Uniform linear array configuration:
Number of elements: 48
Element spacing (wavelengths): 1
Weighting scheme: exponential
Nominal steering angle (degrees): -15
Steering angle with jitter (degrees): -14.482
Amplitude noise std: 0.05
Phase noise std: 0.05

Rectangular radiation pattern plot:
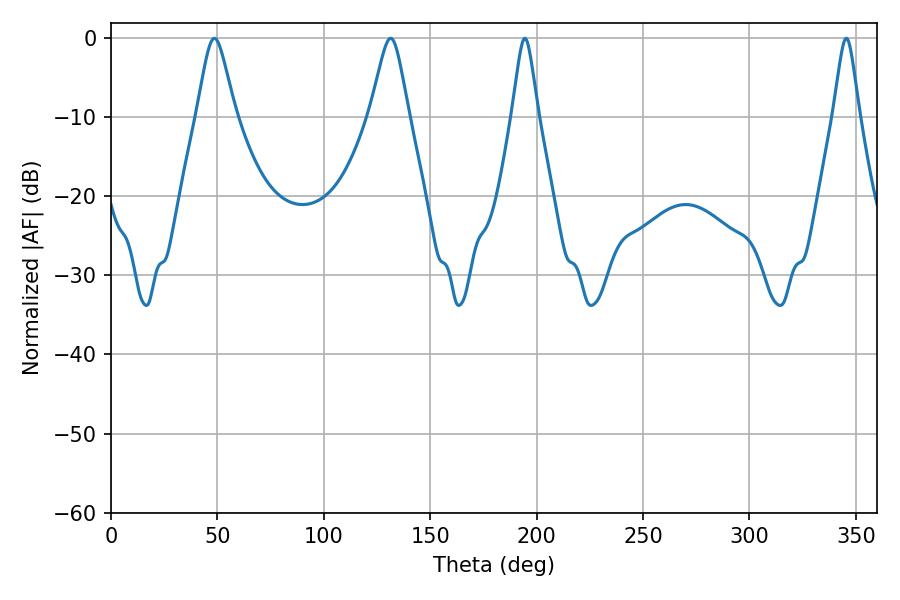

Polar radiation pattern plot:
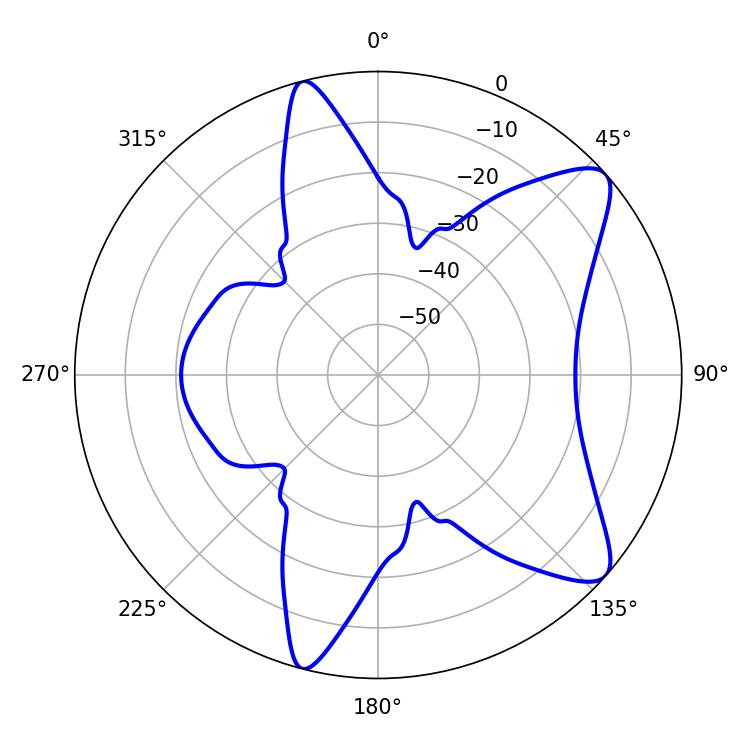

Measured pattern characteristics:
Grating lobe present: TRUE
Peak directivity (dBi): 9.538
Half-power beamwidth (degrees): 8.64
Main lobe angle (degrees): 48.6